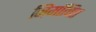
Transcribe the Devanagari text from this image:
निर्मोचित